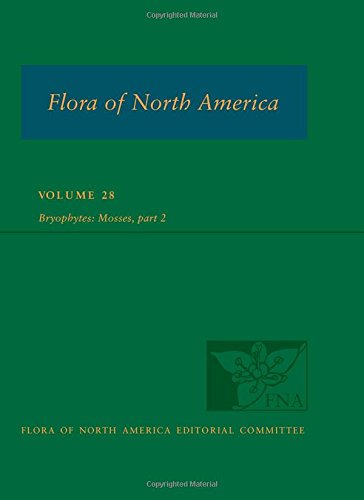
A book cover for Flora of North America North of Mexico, vol. 28: Bryophyta, part 2; Flora of North America Editorial Committee; Science & Math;